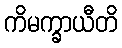
ကိမက္ခာယီတိ